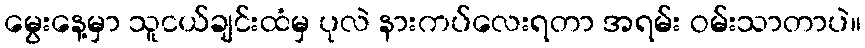
မွေးနေ့မှာ သူငယ်ချင်းထံမှ ပုလဲ နားကပ်လေးရတာ အရမ်း ဝမ်းသာတာပဲ။